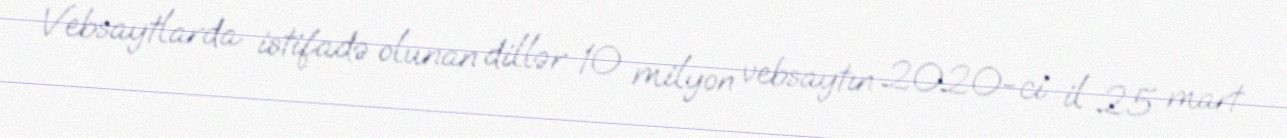
Vebsaytlarda istifadə olunan dillər 10 milyon vebsaytın 2020-ci il 25 mart